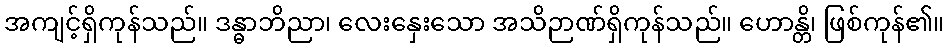
အကျင့်ရှိကုန်သည်။ ဒန္ဓာဘိညာ၊ လေးနှေးသော အသိဉာဏ်ရှိကုန်သည်။ ဟောန္တိ၊ ဖြစ်ကုန်၏။